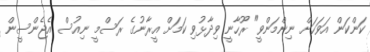
ކަންކަން އަވަހަށް ނިންމަންވީ" ރޫހާނީ ވިދާޅުވި ކަމަށް އީރާނުގެ ރަސްމީ ނިއުސް އެޖެންސީން